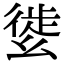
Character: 𢇌